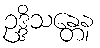
ဥဒ္ဒိသန္တေန